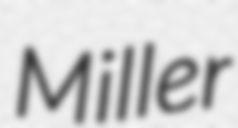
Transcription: Miller